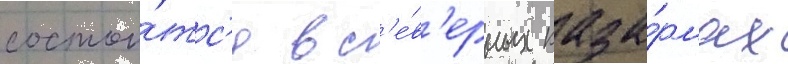
состои́тс'я в с'е́в'ерных каза́рмах